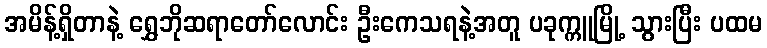
အမိန့်ရှိတာနဲ့ ရွှေဘိုဆရာတော်လောင်း ဦးကေသရနဲ့အတူ ပခုက္ကူမြို့ သွားပြီး ပထမ